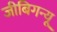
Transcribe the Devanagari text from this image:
जीबिगन्यू